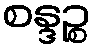
စန္ဒဉ္စ